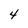
Character: 4